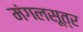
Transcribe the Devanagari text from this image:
मंगलसूत्र